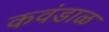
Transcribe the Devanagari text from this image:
कवंडाळ